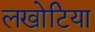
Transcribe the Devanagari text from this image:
लखोटिया